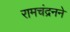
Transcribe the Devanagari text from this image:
रामचंद्रनने